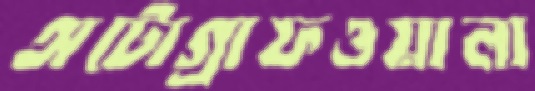
অটোগ্রাফওয়ালা